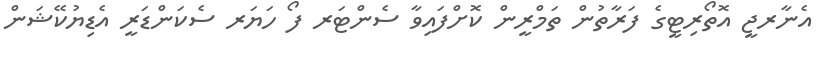
އެނާރޖީ އޮތޯރިޓީގެ ފަރާތުން ތަމްރީން ކޮށްފައިވާ ސެންޓަރ ފޯ ހަޔަރ ސެކަންޑަރީ އެޑިޔުކޭޝަން